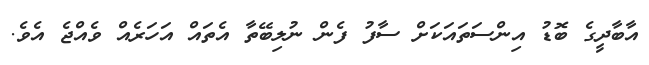
އާބާދީގެ ބޮޑު އިންސަތައަކަށް ސާފު ފެން ނުލިބޭތާ އެތައް އަހަރެއް ވެއްޖެ އެވެ.